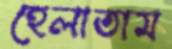
হেলাতাম